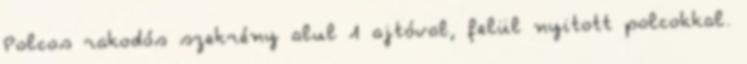
Polcos rakodós szekrény alul 1 ajtóval, felül nyitott polcokkal.